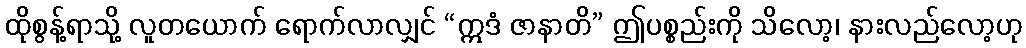
ထိုစွန့်ရာသို့ လူတယောက် ရောက်လာလျှင် “ဣဒံ ဇာနာတိ” ဤပစ္စည်းကို သိလော့၊ နားလည်လော့ဟု